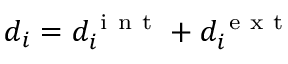
d _ { i } = d _ { i } ^ { \mathrm { ~ i ~ n ~ t ~ } } + d _ { i } ^ { \mathrm { ~ e ~ x ~ t ~ } }